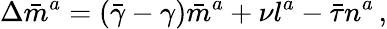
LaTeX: \Delta{\bar{m}}^{a}=({\bar{\gamma}}-\gamma){\bar{m}}^{a}+\nu l^{a}-{\bar{\tau}}n^{a}\, ,